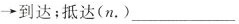
\rightarrow到达；抵达(n.)___